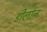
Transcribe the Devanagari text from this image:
डीलोन